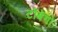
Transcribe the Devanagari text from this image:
टॉबेगो